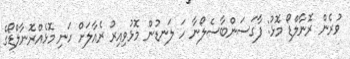
ވުރެން ރޮނާލްޑޯ މޮޅު: ފާގަސަންބާސެލޯނާ ހަ ލަނޑުން މޮޅުވިއިރު ރެއާލަށް ހަނި މޮޅެއްރޮނާލްޑޯގެ